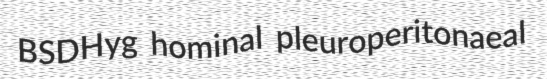
BSDHyg hominal pleuroperitonaeal